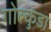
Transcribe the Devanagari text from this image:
गोल्कुंडा